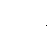
သိုင်း